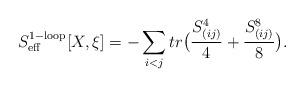
LaTeX: \begin{align*}S_{\rm eff}^{\rm 1-loop} [X, \xi]=- \sum_{i<j} tr\bigl(\frac{S^4_{(ij)}}{4}+\frac{S^8_{(ij)}}{8} \bigr) .\end{align*}